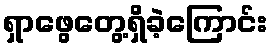
ရှာဖွေတွေ့ရှိခဲ့ကြောင်း